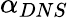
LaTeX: \alpha_{DNS}